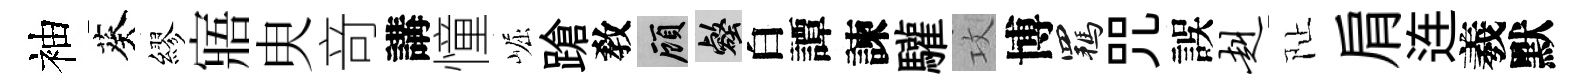
袖葵繆寤㬰竒講憧崛蹌敎顧壑白譚諫驩攻博羈咒誤赳阯肩连羲默